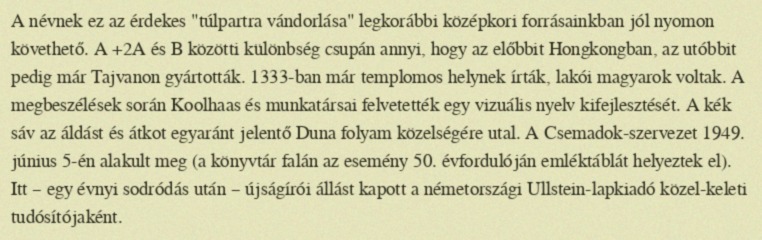
A névnek ez az érdekes "túlpartra vándorlása" legkorábbi középkori forrásainkban jól nyomon követhető. A +2A és B közötti különbség csupán annyi, hogy az előbbit Hongkongban, az utóbbit pedig már Tajvanon gyártották. 1333-ban már templomos helynek írták, lakói magyarok voltak. A megbeszélések során Koolhaas és munkatársai felvetették egy vizuális nyelv kifejlesztését. A kék sáv az áldást és átkot egyaránt jelentő Duna folyam közelségére utal. A Csemadok-szervezet 1949. június 5-én alakult meg (a könyvtár falán az esemény 50. évfordulóján emléktáblát helyeztek el). Itt – egy évnyi sodródás után – újságírói állást kapott a németországi Ullstein-lapkiadó közel-keleti tudósítójaként.